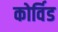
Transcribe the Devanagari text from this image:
कोर्विड